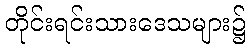
တိုင်းရင်းသားဒေသများ၌